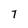
Character: T